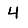
Digit: 4